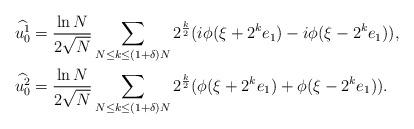
LaTeX: \begin{align*}\begin{aligned}&\widehat{u^{1}_0}=\frac{\ln N}{2\sqrt{N}}\sum_{N\le k\le(1+\delta)N}2^{\frac{k}{2}}(i\phi(\xi+2^{k}e_1)-i\phi(\xi-2^{k}e_1)),\\&\widehat{u^{2}_0}=\frac{\ln N}{2\sqrt{N}}\sum_{N\le k\le(1+\delta)N}2^{\frac{k}{2}}(\phi(\xi+2^{k}e_1)+\phi(\xi-2^{k}e_1)).\end{aligned}\end{align*}